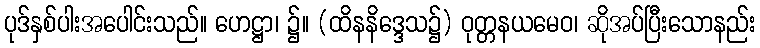
ပုဒ်နှစ်ပါးအပေါင်းသည်။ ဟေဋ္ဌာ၊ ၌။ (ထိနနိဒ္ဒေသ၌) ဝုတ္တနယမေဝ၊ ဆိုအပ်ပြီးသောနည်း